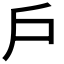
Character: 戶